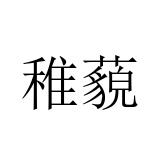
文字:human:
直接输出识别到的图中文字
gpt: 稚藐